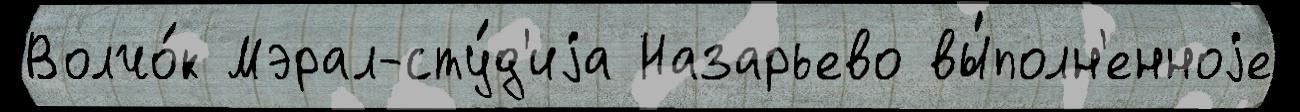
Волчо́к Мэрал-сту́д'иjа Назарьево вы́полн'енноjе